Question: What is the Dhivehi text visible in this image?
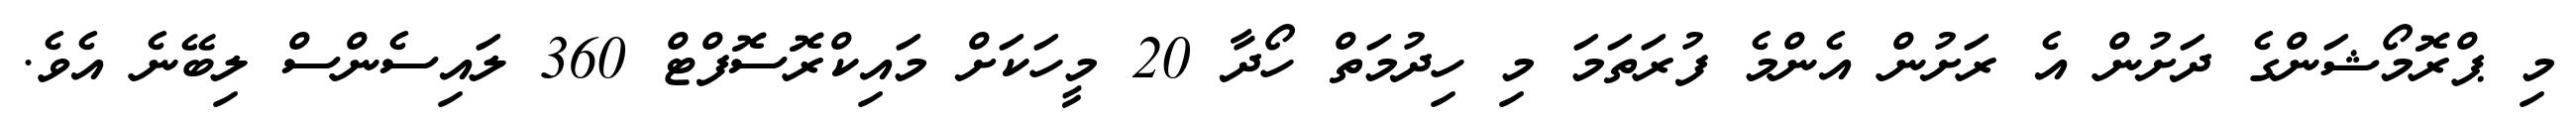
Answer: މި ޕްރޮމޯޝަންގެ ދަށުން އެ ރަށުން އެންމެ ފުރަތަމަ މި ހިދުމަތް ހޯދާ 20 މީހަކަށް މައިކްރޮސޮފްޓް 360 ލައިސެންސް ލިބޭނެ އެވެ.